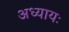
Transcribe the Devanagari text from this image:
अध्यायः